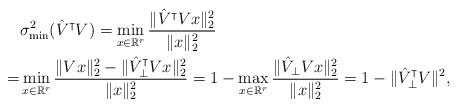
LaTeX: \begin{align*}& \sigma_{\min}^2(\hat{V}^{\intercal}V) = \min_{x \in \mathbb{R}^r} \frac{\|\hat{V}^{\intercal} Vx\|_2^2}{\|x\|_2^2}\\= & \min_{x \in \mathbb{R}^r} \frac{\|Vx\|_2^2 - \|\hat{V}^{\intercal}_{\perp} Vx\|_2^2}{\|x\|_2^2} = 1 - \max_{x\in \mathbb{R}^r} \frac{\|\hat{V}_{\perp}Vx\|_2^2}{\|x\|_2^2} = 1 - \|\hat{V}_{\perp}^{\intercal}V\|^2,\end{align*}